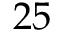
2 5